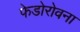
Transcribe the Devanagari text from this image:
फेडोरोवना